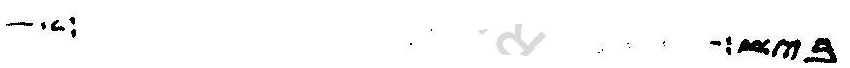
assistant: ביש